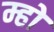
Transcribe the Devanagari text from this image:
म्हो